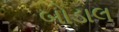
બોડાલ